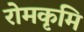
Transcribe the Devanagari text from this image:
रोमकृमि